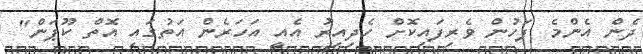
ދެން އެންމެ ފަހުން ވެރިފައިކޮށް ހެދިއިރު އެއީ އަހަރެން އަތުގައި އޮތް ކޫޕަން"